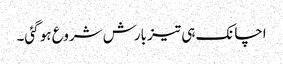
اچانک ہی تیز بارش شروع ہو گئی۔